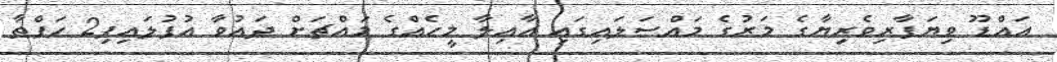
އައްޑޫ ވިޔަފާރިވެރިޔާގެ މަރުގެ މައްސަލައިގައި އާއިލާ މީހެއްގެ މައްޗަށް ދައުވާ އުފުލައިފި2 ހަފްތާ